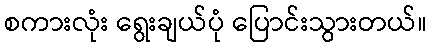
စကားလုံး ရွေးချယ်ပုံ ပြောင်းသွားတယ်။